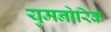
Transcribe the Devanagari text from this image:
युमनोरिक